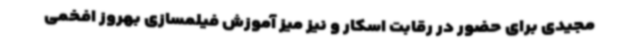
مجیدی برای حضور در رقابت اسکار و نیز میز آموزش فیلمسازی بهروز افخمی